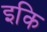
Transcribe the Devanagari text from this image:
इकि